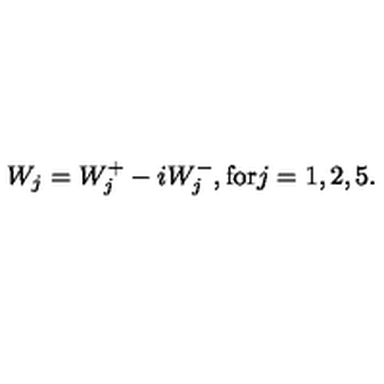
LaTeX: W _ { j } = W _ { j } ^ { + } - i W _ { j } ^ { - } , \mathrm { f o r } j = 1 , 2 , 5 .